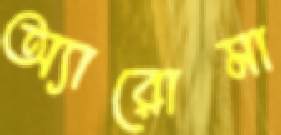
অ্যারোমা